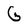
Character: G